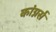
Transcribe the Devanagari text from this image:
कांग्नर्स